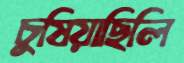
চুষিয়াছিলি